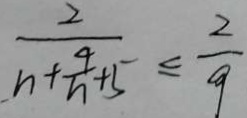
\frac { 2 } { n + \frac { 4 } { n } + 5 } \leq \frac { 2 } { 9 }